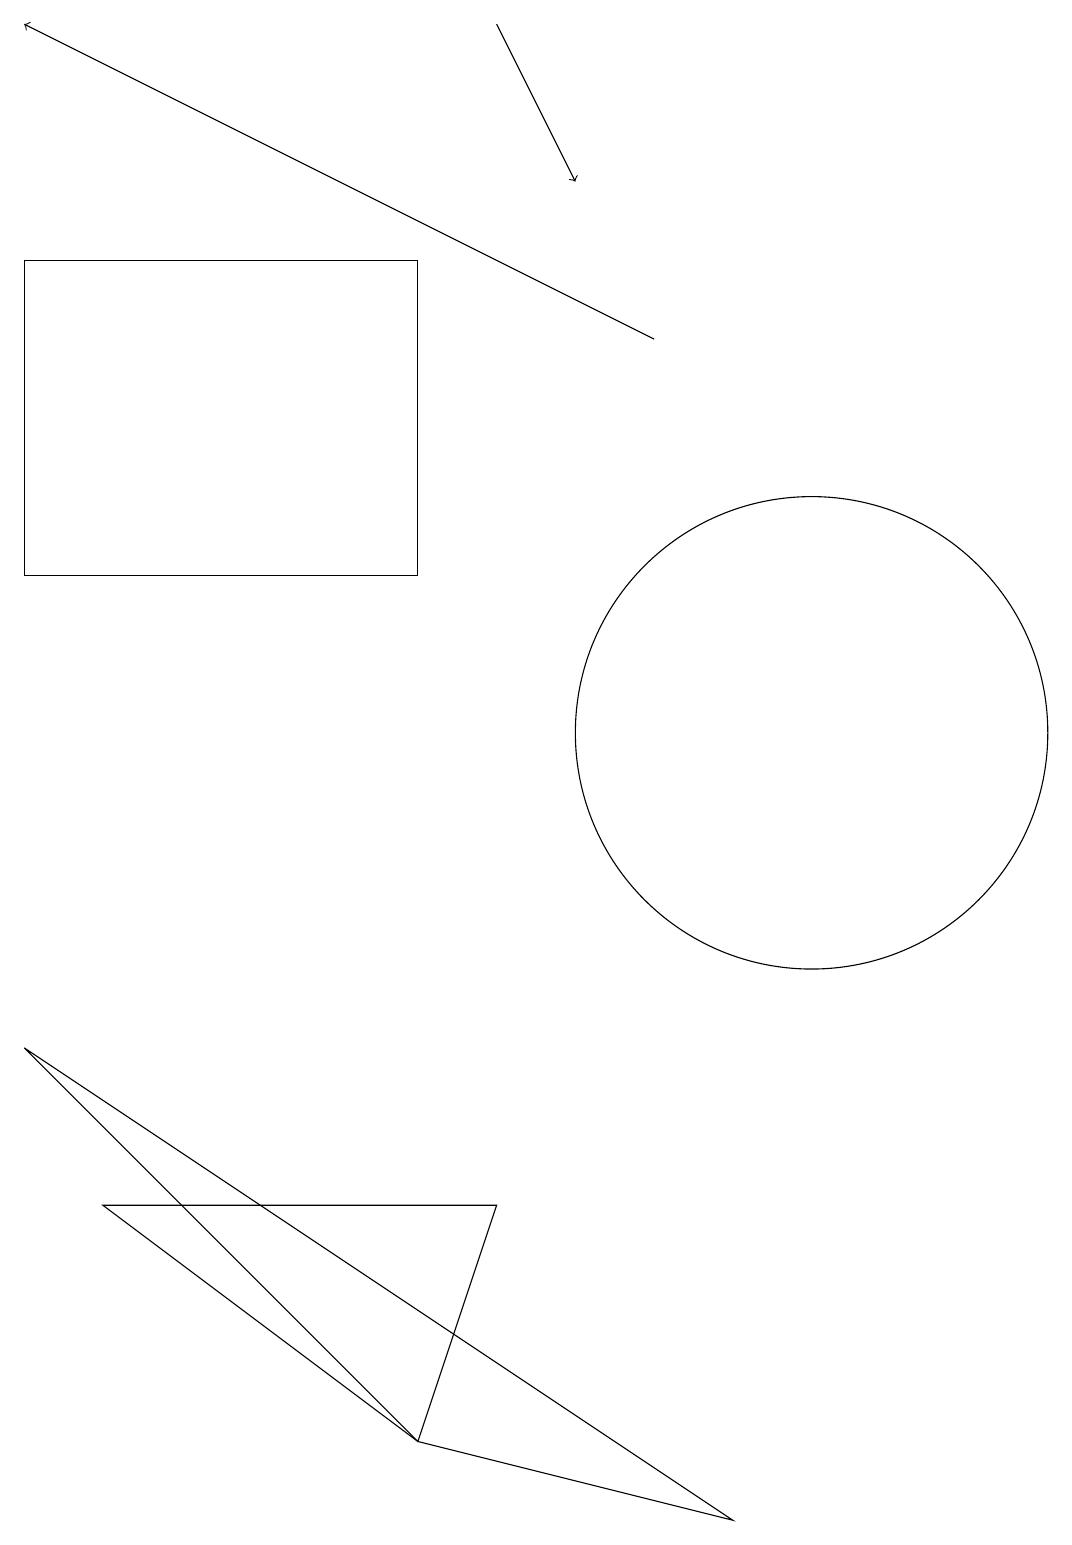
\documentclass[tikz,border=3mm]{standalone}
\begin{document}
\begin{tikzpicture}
\draw (0,12) rectangle (5,16);
\draw (5,1) -- (6,4) -- (1,4) -- cycle;
\draw[->] (8,15) -- (0,19);
\draw[->] (6,19) -- (7,17);
\draw (0,6) -- (9,0) -- (5,1) -- cycle;
\draw (10,10) circle (3);
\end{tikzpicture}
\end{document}